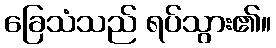
ခြေသံသည် ရပ်သွား၏။